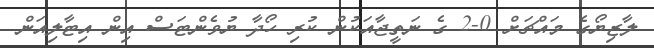
ލާޒިޔޯގެ މައްޗަށް 0-2 ގެ ނަތީޖާއަކުން ކުރި ހޯދާ ޔުވެންޓަސް އިން އިޓާލިއަން